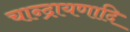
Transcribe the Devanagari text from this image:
चान्द्रायणादि